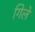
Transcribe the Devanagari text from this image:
गिले